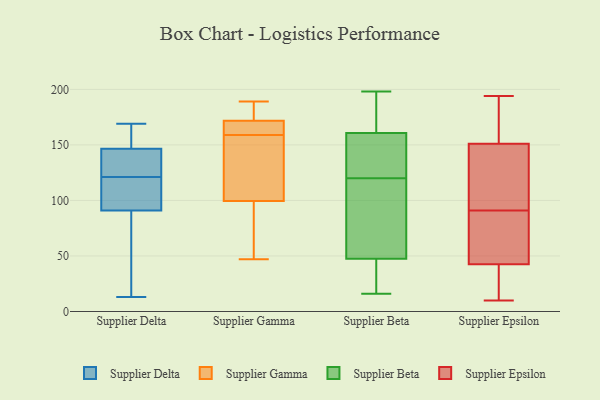
{"axis": {"x": "Latency (ms)", "y": "Value"}, "legend": ["Supplier Beta", "Supplier Delta", "Supplier Epsilon", "Supplier Gamma"], "data": [{"x": "", "y": 121, "type": "Supplier Delta"}, {"x": "", "y": 169, "type": "Supplier Delta"}, {"x": "", "y": 157, "type": "Supplier Delta"}, {"x": "", "y": 102, "type": "Supplier Delta"}, {"x": "", "y": 164, "type": "Supplier Delta"}, {"x": "", "y": 120, "type": "Supplier Delta"}, {"x": "", "y": 154, "type": "Supplier Delta"}, {"x": "", "y": 54, "type": "Supplier Delta"}, {"x": "", "y": 140, "type": "Supplier Delta"}, {"x": "", "y": 70, "type": "Supplier Delta"}, {"x": "", "y": 13, "type": "Supplier Delta"}, {"x": "", "y": 96, "type": "Supplier Delta"}, {"x": "", "y": 76, "type": "Supplier Delta"}, {"x": "", "y": 99, "type": "Supplier Delta"}, {"x": "", "y": 133, "type": "Supplier Delta"}, {"x": "", "y": 131, "type": "Supplier Delta"}, {"x": "", "y": 144, "type": "Supplier Delta"}, {"x": "", "y": 177, "type": "Supplier Gamma"}, {"x": "", "y": 122, "type": "Supplier Gamma"}, {"x": "", "y": 189, "type": "Supplier Gamma"}, {"x": "", "y": 170, "type": "Supplier Gamma"}, {"x": "", "y": 183, "type": "Supplier Gamma"}, {"x": "", "y": 89, "type": "Supplier Gamma"}, {"x": "", "y": 159, "type": "Supplier Gamma"}, {"x": "", "y": 60, "type": "Supplier Gamma"}, {"x": "", "y": 103, "type": "Supplier Gamma"}, {"x": "", "y": 47, "type": "Supplier Gamma"}, {"x": "", "y": 162, "type": "Supplier Gamma"}, {"x": "", "y": 148, "type": "Supplier Gamma"}, {"x": "", "y": 170, "type": "Supplier Gamma"}, {"x": "", "y": 20, "type": "Supplier Beta"}, {"x": "", "y": 153, "type": "Supplier Beta"}, {"x": "", "y": 51, "type": "Supplier Beta"}, {"x": "", "y": 186, "type": "Supplier Beta"}, {"x": "", "y": 120, "type": "Supplier Beta"}, {"x": "", "y": 89, "type": "Supplier Beta"}, {"x": "", "y": 158, "type": "Supplier Beta"}, {"x": "", "y": 198, "type": "Supplier Beta"}, {"x": "", "y": 37, "type": "Supplier Beta"}, {"x": "", "y": 156, "type": "Supplier Beta"}, {"x": "", "y": 169, "type": "Supplier Beta"}, {"x": "", "y": 100, "type": "Supplier Beta"}, {"x": "", "y": 16, "type": "Supplier Beta"}, {"x": "", "y": 10, "type": "Supplier Epsilon"}, {"x": "", "y": 194, "type": "Supplier Epsilon"}, {"x": "", "y": 29, "type": "Supplier Epsilon"}, {"x": "", "y": 73, "type": "Supplier Epsilon"}, {"x": "", "y": 100, "type": "Supplier Epsilon"}, {"x": "", "y": 121, "type": "Supplier Epsilon"}, {"x": "", "y": 102, "type": "Supplier Epsilon"}, {"x": "", "y": 20, "type": "Supplier Epsilon"}, {"x": "", "y": 91, "type": "Supplier Epsilon"}, {"x": "", "y": 160, "type": "Supplier Epsilon"}, {"x": "", "y": 193, "type": "Supplier Epsilon"}, {"x": "", "y": 190, "type": "Supplier Epsilon"}, {"x": "", "y": 168, "type": "Supplier Epsilon"}, {"x": "", "y": 40, "type": "Supplier Epsilon"}, {"x": "", "y": 124, "type": "Supplier Epsilon"}, {"x": "", "y": 56, "type": "Supplier Epsilon"}, {"x": "", "y": 55, "type": "Supplier Epsilon"}, {"x": "", "y": 29, "type": "Supplier Epsilon"}, {"x": "", "y": 50, "type": "Supplier Epsilon"}]}